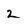
Character: 2